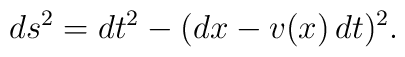
ds^2=dt^2-(dx-v(x)\, dt)^2.